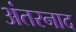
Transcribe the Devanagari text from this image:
अंतरनाद